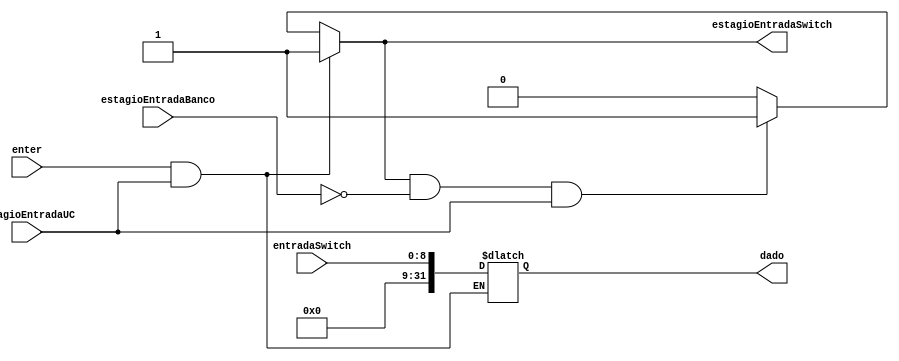
module entradaDeDadosSwitch (entradaSwitch,
									  dado,
									  enter,
									  estagioEntradaSwitch,
									  estagioEntradaUC,
									  estagioEntradaBanco);
									  
//Entradas
	input  [8:0] entradaSwitch;
	input 		enter; //Sinal do botao com debounce
	input estagioEntradaUC;
	input estagioEntradaBanco;
	
//Saidas
	output reg [31:0] dado;
	output reg estagioEntradaSwitch;

//Logica sequencial
	always @ (enter)
		begin
			if (enter && estagioEntradaUC) begin
				dado[8:0] <= entradaSwitch[8:0];
				dado[31:8] <= entradaSwitch[8];
				estagioEntradaSwitch <= 1'b1;
			end else if (estagioEntradaSwitch == 1'b1 && 
							 estagioEntradaBanco  == 1'b0  && 
							 estagioEntradaUC     == 1'b1) begin
				estagioEntradaSwitch <= 1'b1;
			end else begin
				estagioEntradaSwitch <= 1'b0;
			end
		end
endmodule